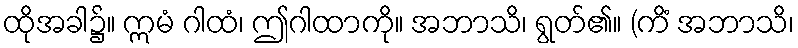
ထိုအခါ၌။ ဣမံ ဂါထံ၊ ဤဂါထာကို။ အဘာသိ၊ ရွတ်၏။ (ကိံ အဘာသိ၊